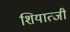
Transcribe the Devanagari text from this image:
शियात्जी